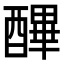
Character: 𨢡